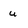
Character: u